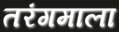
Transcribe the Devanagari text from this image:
तरंगमाला